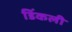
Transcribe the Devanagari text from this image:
डिंकली